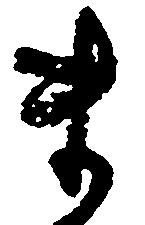
ま